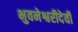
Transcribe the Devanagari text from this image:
भुवनेश्वरीदेवी